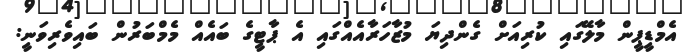
އެމްޑީޕީން މާލޭގައި ކުރިއަށް ގެންދިޔަ މުޒާހަރާއެއްގައި އެ ޕާޓީގެ ބައެއް މެމްބަރުން ބައިވެރިވަނީ: